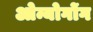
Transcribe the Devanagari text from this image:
ओन्योगोंग